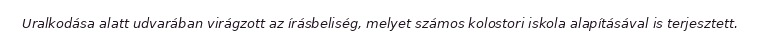
Uralkodása alatt udvarában virágzott az írásbeliség, melyet számos kolostori iskola alapításával is terjesztett.